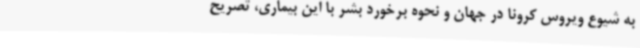
به شیوع ویروس کرونا در جهان و نحوه برخورد بشر با این بیماری، تصریح